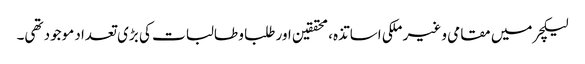
لیکچر میں مقامی و غیر ملکی اساتذہ، محققین اور طلبا و طالبات کی بڑی تعداد موجود تھی۔